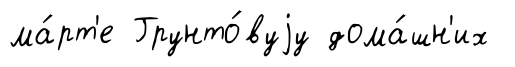
ма́рт'е Грунто́вуjу дома́шн'их